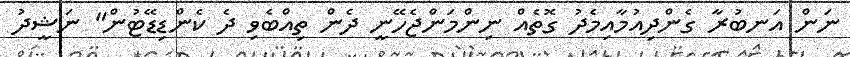
ނަން އަނބުރާ ގެންދިއުމާއިމެދު ގޮތެއް ނިންމަންޖެހޭނީ ދެން ތިއްބެވި ދެ ކެންޑިޑޭޓުން" ނަޝީދު